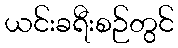
ယင်းခရီးစဉ်တွင်